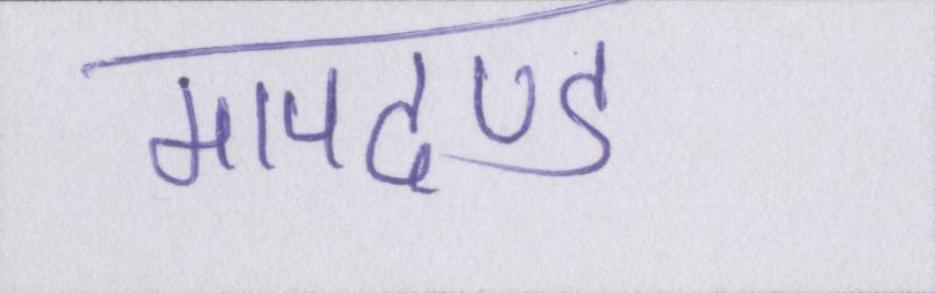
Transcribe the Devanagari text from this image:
मापदण्ड